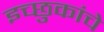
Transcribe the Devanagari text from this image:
इच्छुकांचे